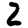
Digit: 2